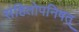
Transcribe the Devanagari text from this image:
संहितोपनिषत्